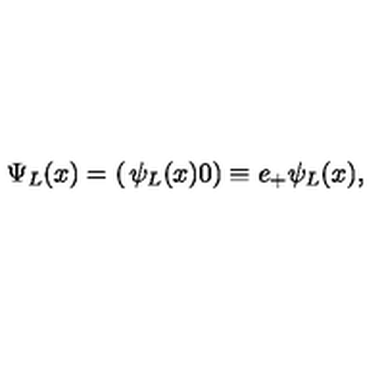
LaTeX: \Psi _ { L } ( x ) = \left( \begin{matrix} { \psi _ { L } ( x ) } \\ { 0 } \\ \end{matrix} \right) \equiv e _ { + } \psi _ { L } ( x ) ,